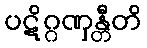
ပဋိဂ္ဂဏှန္တီတိ